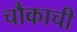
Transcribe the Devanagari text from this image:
चौकाची